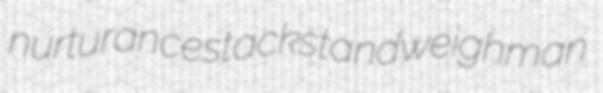
nurturance stackstand weighman